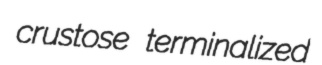
crustose terminalized